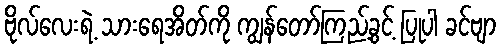
ဗိုလ်လေးရဲ့ သားရေအိတ်ကို ကျွန်တော်ကြည့်ခွင့် ပြုပါ ခင်ဗျာ